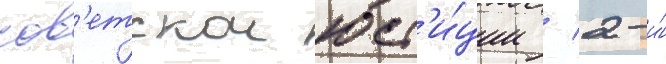
сов'етскои юст'и́ции / 2-и́